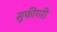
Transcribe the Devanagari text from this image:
सूफीगरी